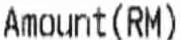
AMOUNT(RM)